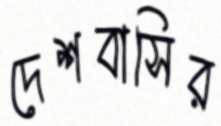
দেশবাসির